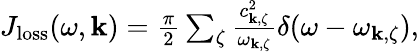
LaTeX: \begin{array}{r}{J_{\mathrm{loss}}(\omega,{\mathbf k})=\frac{\pi}{2}\sum_{\zeta}\frac{c_{{\mathbf k},\zeta}^{2}}{\omega_{{\mathbf k},\zeta}}\delta(\omega-\omega_{{\mathbf k},\zeta}),}\end{array}